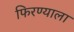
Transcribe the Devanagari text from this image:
फिरण्याला